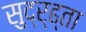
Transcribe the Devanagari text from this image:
सुद्र्ढ्ता